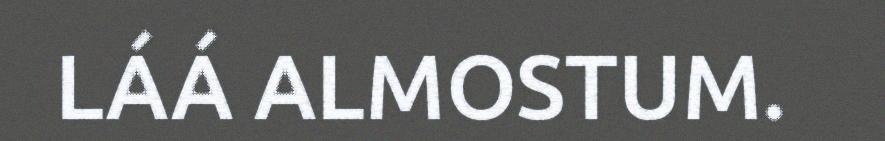
LÁÁ ALMOSTUM.